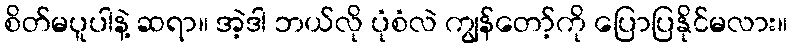
စိတ်မပူပါနဲ့ ဆရာ။ အဲ့ဒါ ဘယ်လို ပုံစံလဲ ကျွန်တော့်ကို ပြောပြနိုင်မလား။